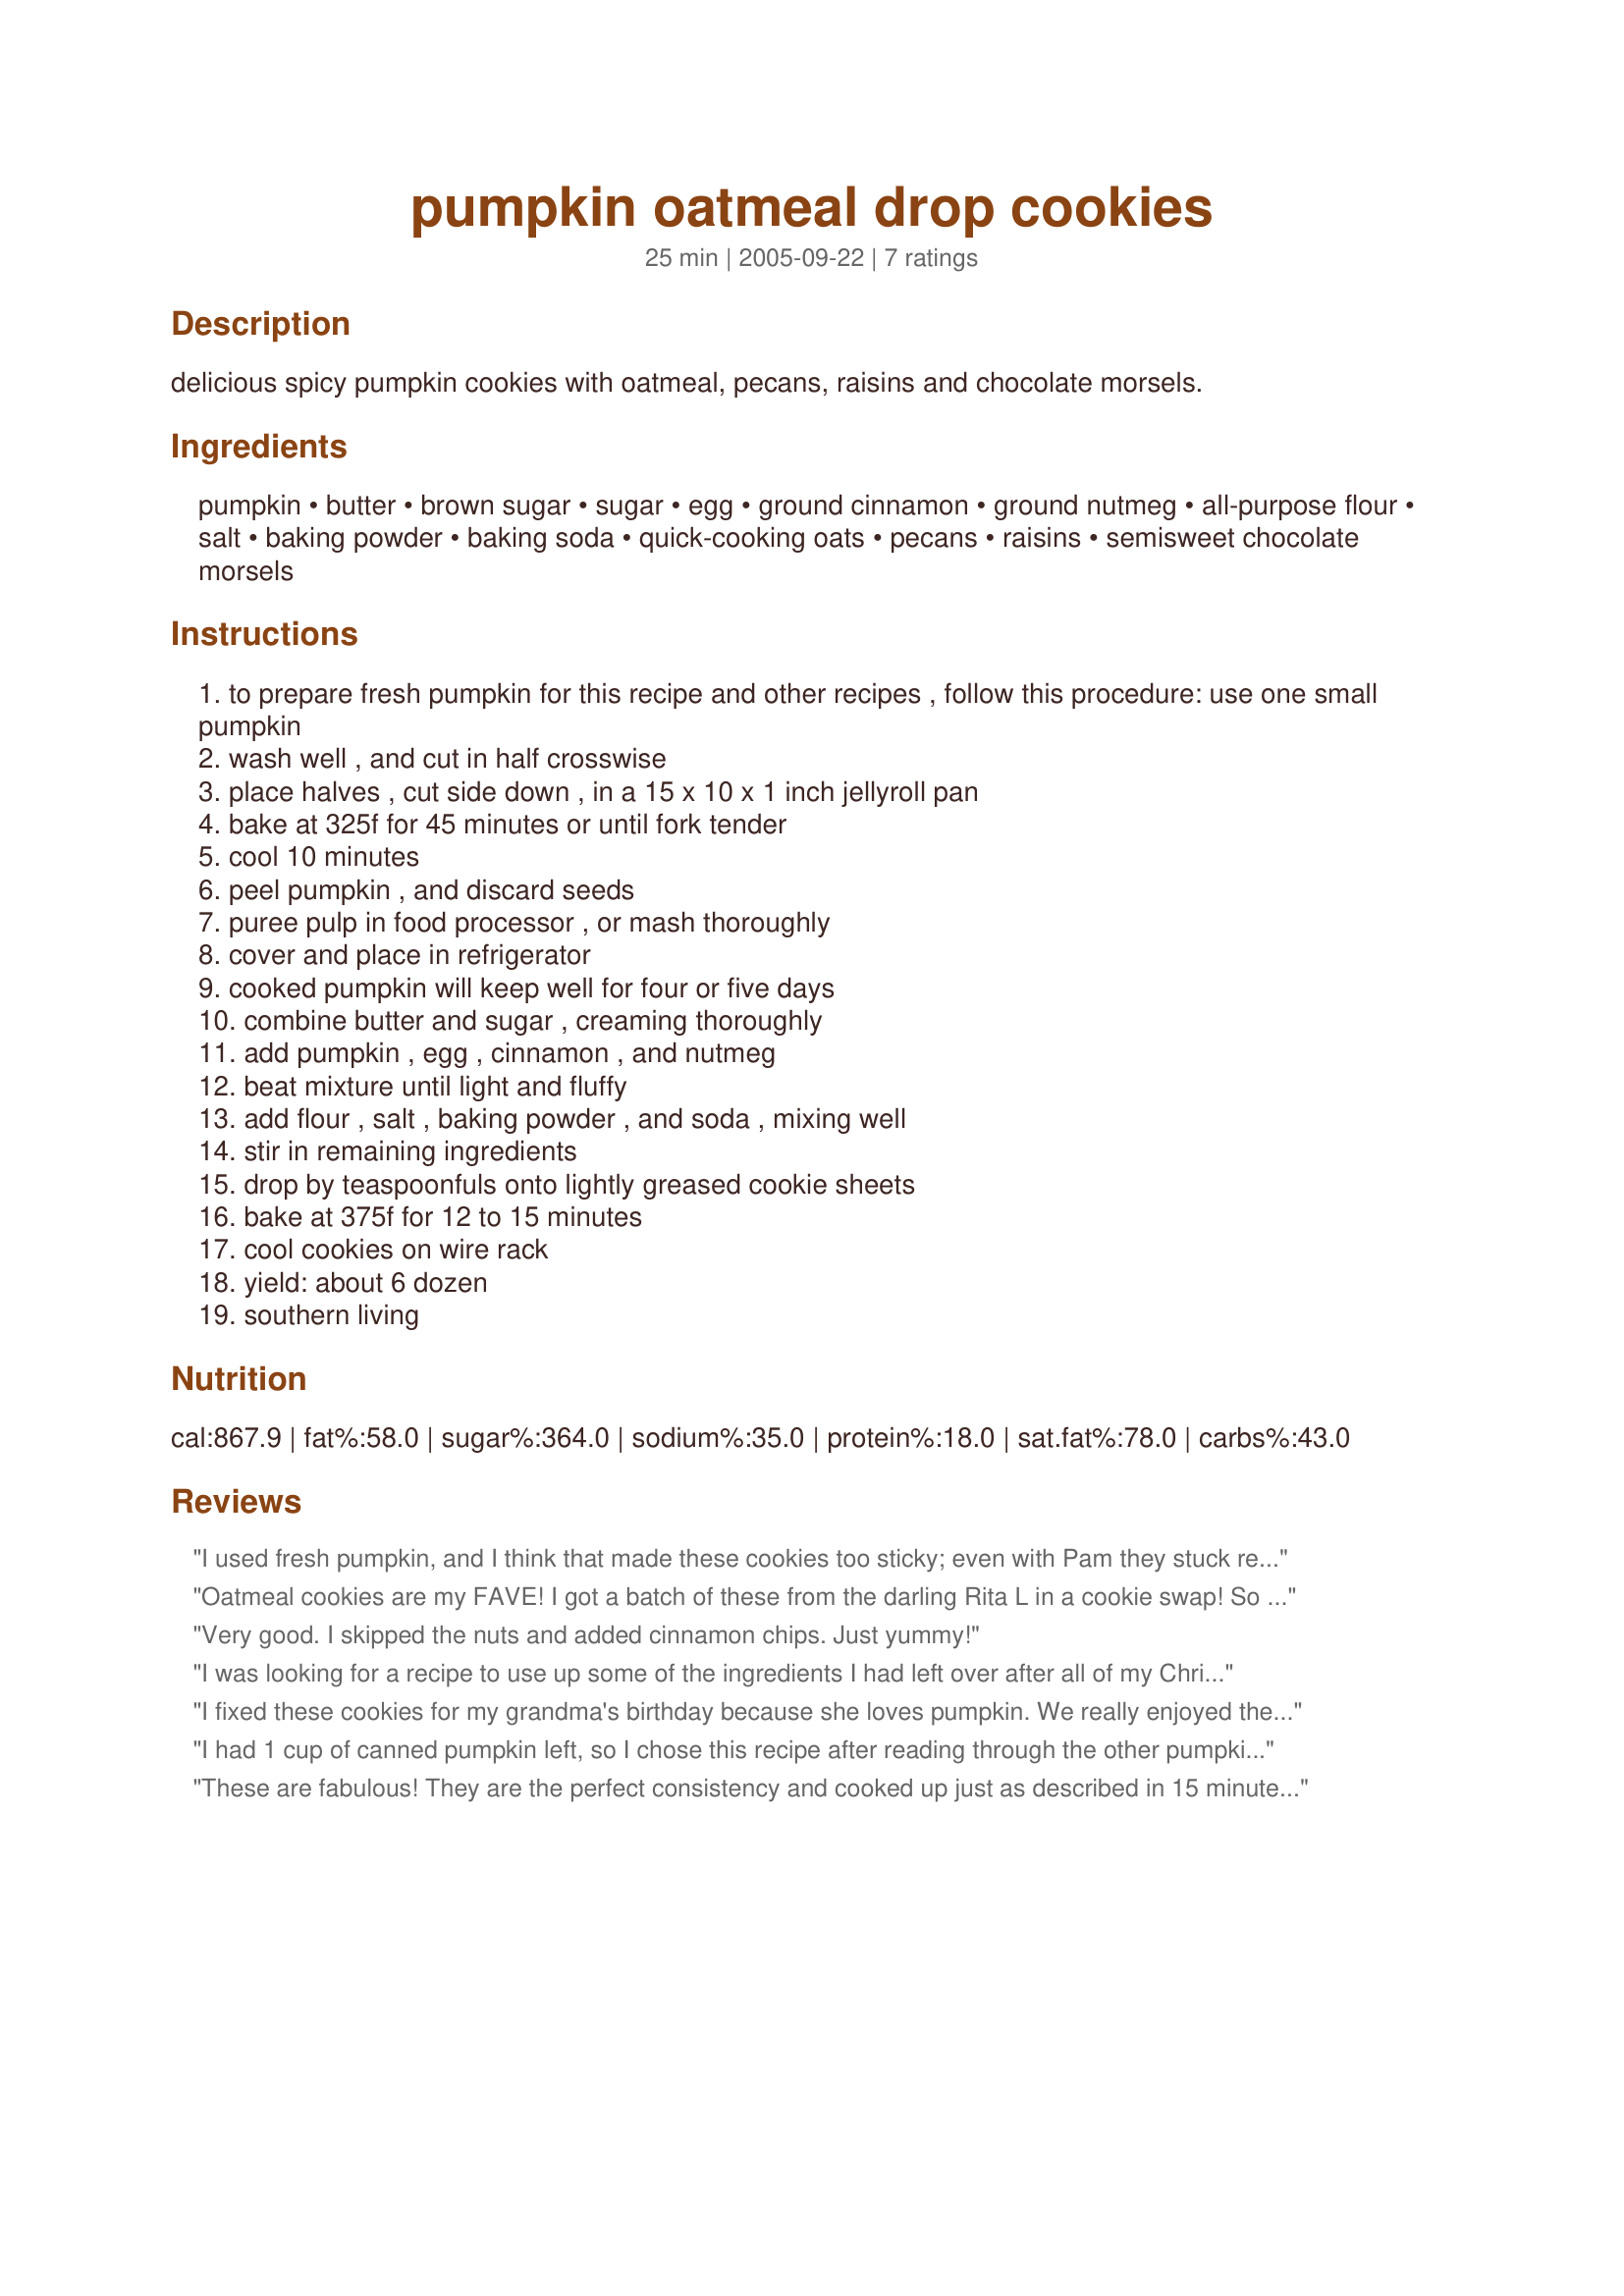
pumpkin oatmeal drop cookies
Preparation time: 25 minutes

delicious spicy pumpkin cookies with oatmeal, pecans, raisins and chocolate morsels.

Ingredients:
pumpkin, butter, brown sugar, sugar, egg, ground cinnamon, ground nutmeg, all-purpose flour, salt, baking powder, baking soda, quick-cooking oats, pecans, raisins, semisweet chocolate morsels

Steps:
to prepare fresh pumpkin for this recipe and other recipes , follow this procedure: use one small pumpkin
wash well , and cut in half crosswise
place halves , cut side down , in a 15 x 10 x 1 inch jellyroll pan
bake at 325f for 45 minutes or until fork tender
cool 10 minutes
peel pumpkin , and discard seeds
puree pulp in food processor , or mash thoroughly
cover and place in refrigerator
cooked pumpkin will keep well for four or five days
combine butter and sugar , creaming thoroughly
add pumpkin , egg , cinnamon , and nutmeg
beat mixture until light and fluffy
add flour , salt , baking powder , and soda , mixing well
stir in remaining ingredients
drop by teaspoonfuls onto lightly greased cookie sheets
bake at 375f for 12 to 15 minutes
cool cookies on wire rack
yield: about 6 dozen
southern living

Reviews:
I used fresh pumpkin, and I think that made these cookies too sticky; even with Pam they stuck really badly to the pan. I was doubling the recipe, so after 2 pans that turned out flat and breaking, I switched to baking the rest as bars in a 10x15. Those were better, though I lost the bottom on a few. However, I love the flavour, and will make again, just adding a bit more flour and butter to control the stickiness. I frosted the bars with Kittencal's cream cheese frosting. Mmm!
Oatmeal cookies are my FAVE! I got a batch of these from the darling Rita L in a cookie swap! So different and yummy! Loved the cinnamon chips touch that Rita used! Even MORE great flavor! Thanks for sharing!
Very good. I skipped the nuts and added cinnamon chips. Just yummy!
I was looking for a recipe to use up some of the ingredients I had left over after all of my Christmas baking. This fit the bill perfectly with delicious results. I did not have everything in the exact quantities listed in the recipe - less pecans and chocolate chips, no raisins, but a little more oatmeal. I also decided to make bar cookies instead drop. I spread the batter in a 10x15 stoneware bar pan and baked at 375 for 20 min. Much less mess and prep time. I couldn't be more pleased. Thank You!
I fixed these cookies for my grandma's birthday because she loves pumpkin. We really enjoyed them. I was hesitant to put in that many chocolate chips, but now I wish I would have. I used canned pumpkin instead of going to the trouble of cooking fresh, and it turned out fine. These are very soft, almost cake-like cookies. Thanks for the recipe.
I had 1 cup of canned pumpkin left, so I chose this recipe after reading through the other pumpkin cookie recipes. I liked the idea of adding oatmeal. Unfortunately, I just didn't care for the flavor of the just-baked cookies. The dough was tasty and they smell delicious, but something didn't work for me. I did substitute 3/4 cup whole wheat flour and left out 1/4 cup white sugar. The cookies are also very sticky and I didn't get anywhere near 6 dozen. If I try them again, I think I will leave out the chocolate chips and add walnuts (I left them out due to dd's nut allergy). All this being said, my 4-year old picky eater likes them (so I'll have to leave the walnuts out of 1/2 the dough).
These are fabulous! They are the perfect consistency and cooked up just as described in 15 minutes. I did add about a 1/2 bag of chocolate chips :) I used golden raisins which in my opinion are essential to the recipe, and used shortening instead of butter. Great job with this recipe - I will be making these again and again! thank you
